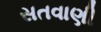
સતવાણી